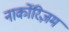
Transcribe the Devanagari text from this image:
नार्कोरिज़म